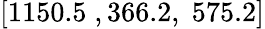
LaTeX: [1150.5\; ,366.2,\; 575.2]